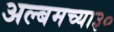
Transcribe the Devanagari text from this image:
अल्बमच्या३०